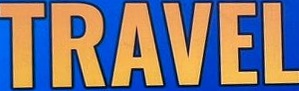
TRAVEL